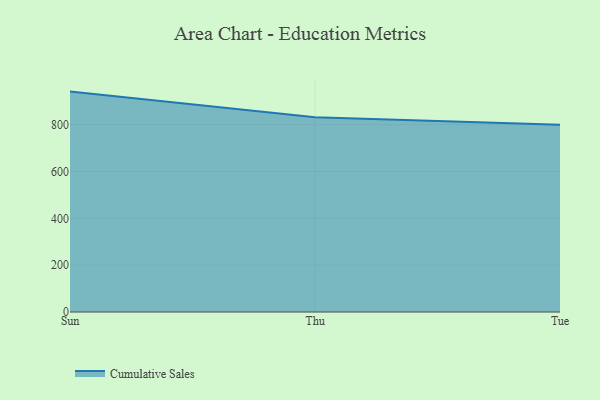
{"axis": {"x": "Day", "y": "Energy Usage (MWh)"}, "legend": ["Cumulative Sales"], "data": [{"x": "Sun", "y": 941.4, "type": "Cumulative Sales"}, {"x": "Thu", "y": 832.2, "type": "Cumulative Sales"}, {"x": "Tue", "y": 800, "type": "Cumulative Sales"}]}